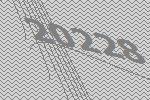
20228